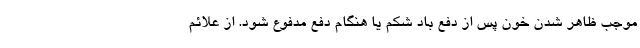
موجب ظاهر شدن خون پس از دفع باد شکم یا هنگام دفع مدفوع شود. از علائم